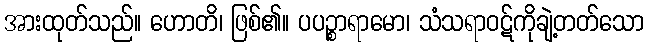
အားထုတ်သည်။ ဟောတိ၊ ဖြစ်၏။ ပပဉ္စာရာမော၊ သံသရာဝဋ်ကိုချဲ့တတ်သော